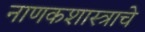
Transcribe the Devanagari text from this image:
नाणकशास्त्राचे